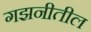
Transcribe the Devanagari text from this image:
गझनीतील